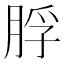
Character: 脬